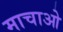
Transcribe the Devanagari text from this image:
माचाओ